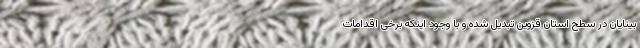
بینایان در سطح استان قزوین تبدیل شده و با وجود اینکه برخی اقدامات